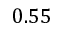
0 . 5 5